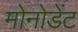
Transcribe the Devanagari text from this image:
मोनोडेंट